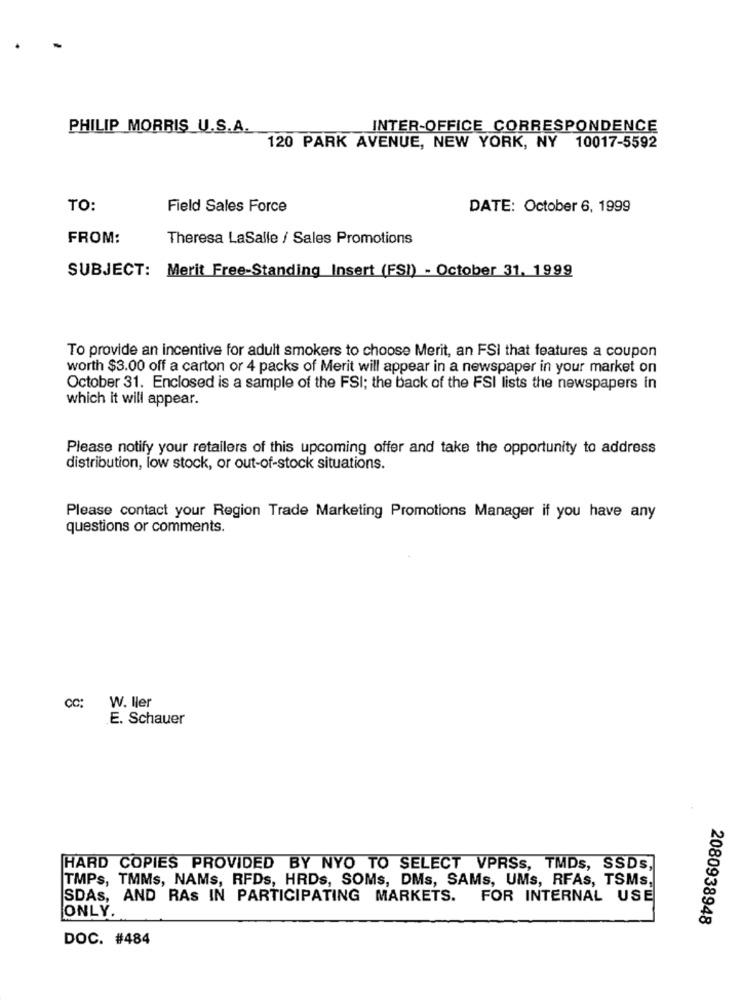
PHILIP MORRIS_U.S.A.
INTER-OFFICE CORRESPONDENCE
120 PARK AVENUE, NEW YORK, NY 10017-5592
TO:
Field Sales Force
DATE: October 6, 1999
FROM:
Theresa LaSalle / Sales Promotions
SUBJECT: Merit Free-Standing Insert (FSI) - October 31. 1999
To provide an incentive for adult smokers to choose Merit, an FSI that features a coupon
worth $3.00 off a carton or 4 packs of Merit will appear in a newspaper in your market on
October 31. Enclosed is a sample of the FSI; the back of the FSI lists the newspapers in
which it will appear.
Please notify your retailers of this upcoming offer and take the opportunity to address
distribution, low stock, or out-of-stock situations.
Please contact your Region Trade Marketing Promotions Manager if you have any
questions or comments.
cc: W. Iler
E. Schauer
HARD COPIES PROVIDED BY NYO TO SELECT VPRSs, TMDs, SSDs,
TMPs, TMMs, NAMs, RFDs, HRDs, SOMs, DMs, SAMs, UMs, RFAs, TSMs,
SDAS, AND RAS IN PARTICIPATING MARKETS.
FOR INTERNAL USE
ONLY.
2080938948
DOC. #484